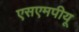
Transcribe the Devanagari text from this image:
एसएमपीयू